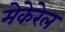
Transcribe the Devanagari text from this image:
मेकेरेल